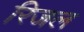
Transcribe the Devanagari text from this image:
रिजल